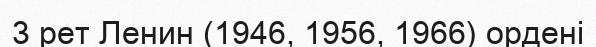
3 рет Ленин (1946, 1956, 1966) ордені